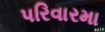
પરિવારમા